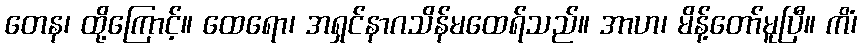
တေန၊ ထို့ကြောင့်။ ထေရော၊ အရှင်နာဂသိန်မထေရ်သည်။ အာဟ၊ မိန့်တော်မူပြီ။ ကိံ၊